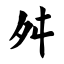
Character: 舛